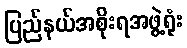
ပြည်နယ်အစိုးရအဖွဲ့ရုံး